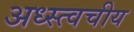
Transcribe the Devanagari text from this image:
अध्स्त्वचीय